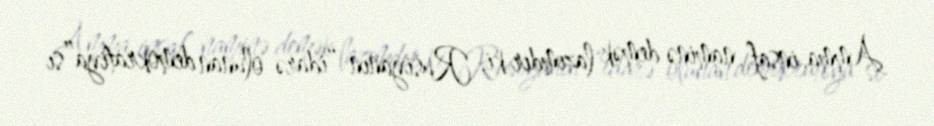
Amma, insaf naminə demək lazımdır ki, Rusiyanın “idarə olunan demokratiya”sı